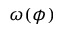
\omega ( \phi )